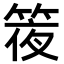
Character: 𥯊